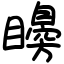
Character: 矏